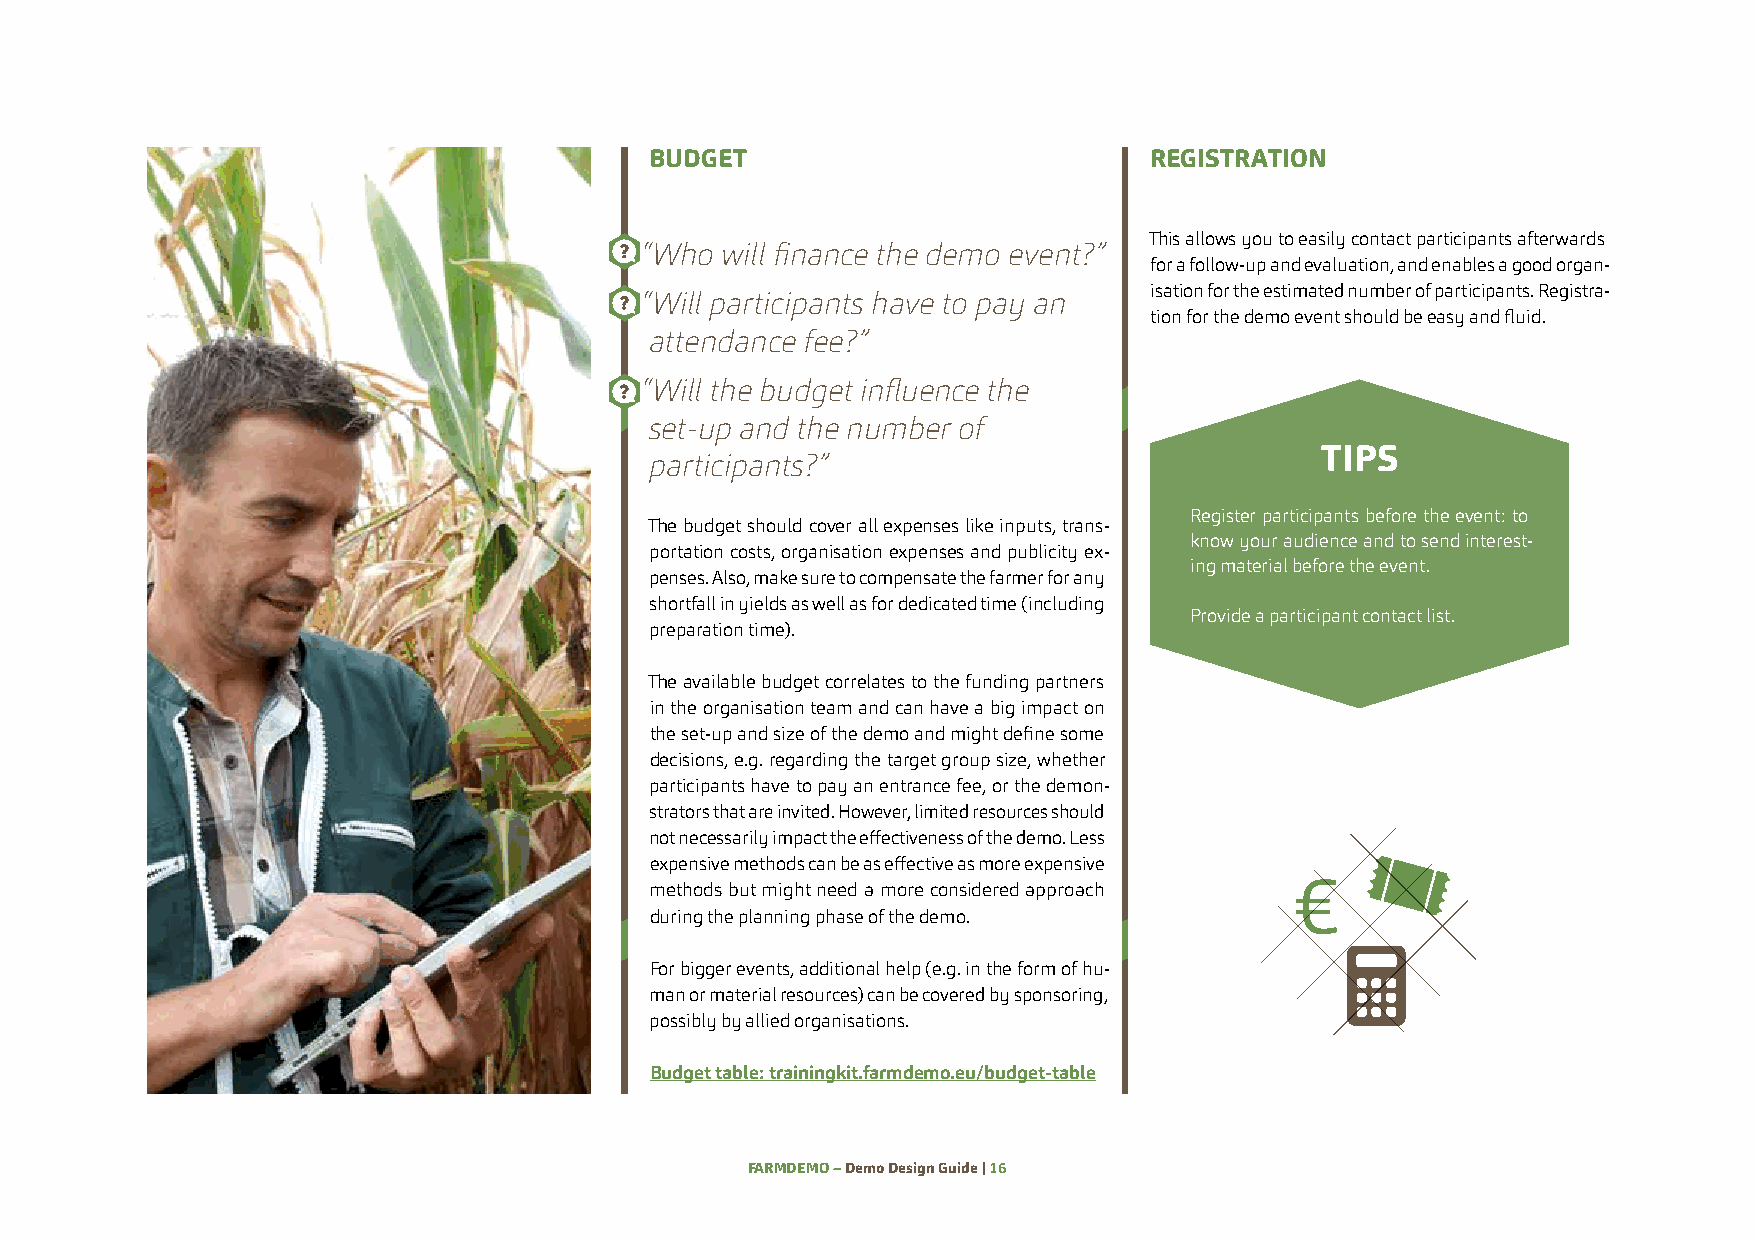
BUDGET                           REGISTRATION
 This allows you to easily contact participants afterwards
 “Who  will finance the demo event?”
 for a follow-up and evaluation, and enables a good organ-
 isation for the estimated number of participants. Registra-
 “Will participants have to pay an
 tion for the demo event should be easy and fluid.
 attendance fee?”
 “Will the budget influence the
 set-up and the number of
 TIPS
 participants?”
 Register participants before the event: to
 The budget should cover all expenses like inputs, trans-
 know your audience and to send interest-
 portation costs, organisation expenses and publicity ex-
 ing material before the event.
 penses. Also, make sure to compensate the farmer for any
 shortfall in yields as well as for dedicated time (including
 Provide a participant contact list.
 preparation time).
 The available budget correlates to the funding partners
 in the organisation team and can have a big impact on
 the set-up and size of the demo and might define some
 decisions, e.g. regarding the target group size, whether
 participants have to pay an entrance fee, or the demon-
 strators that are invited. However, limited resources should
 not necessarily impact the effectiveness of the demo. Less
 expensive methods can be as effective as more expensive
 €
 methods but might need a more considered approach
 during the planning phase of the demo.
 For bigger events, additional help (e.g. in the form of hu-
 man or material resources) can be covered by sponsoring,
 possibly by allied organisations.
 Budget table: trainingkit.farmdemo.eu/budget-table
 FARMDEMO – Demo Design Guide | 16